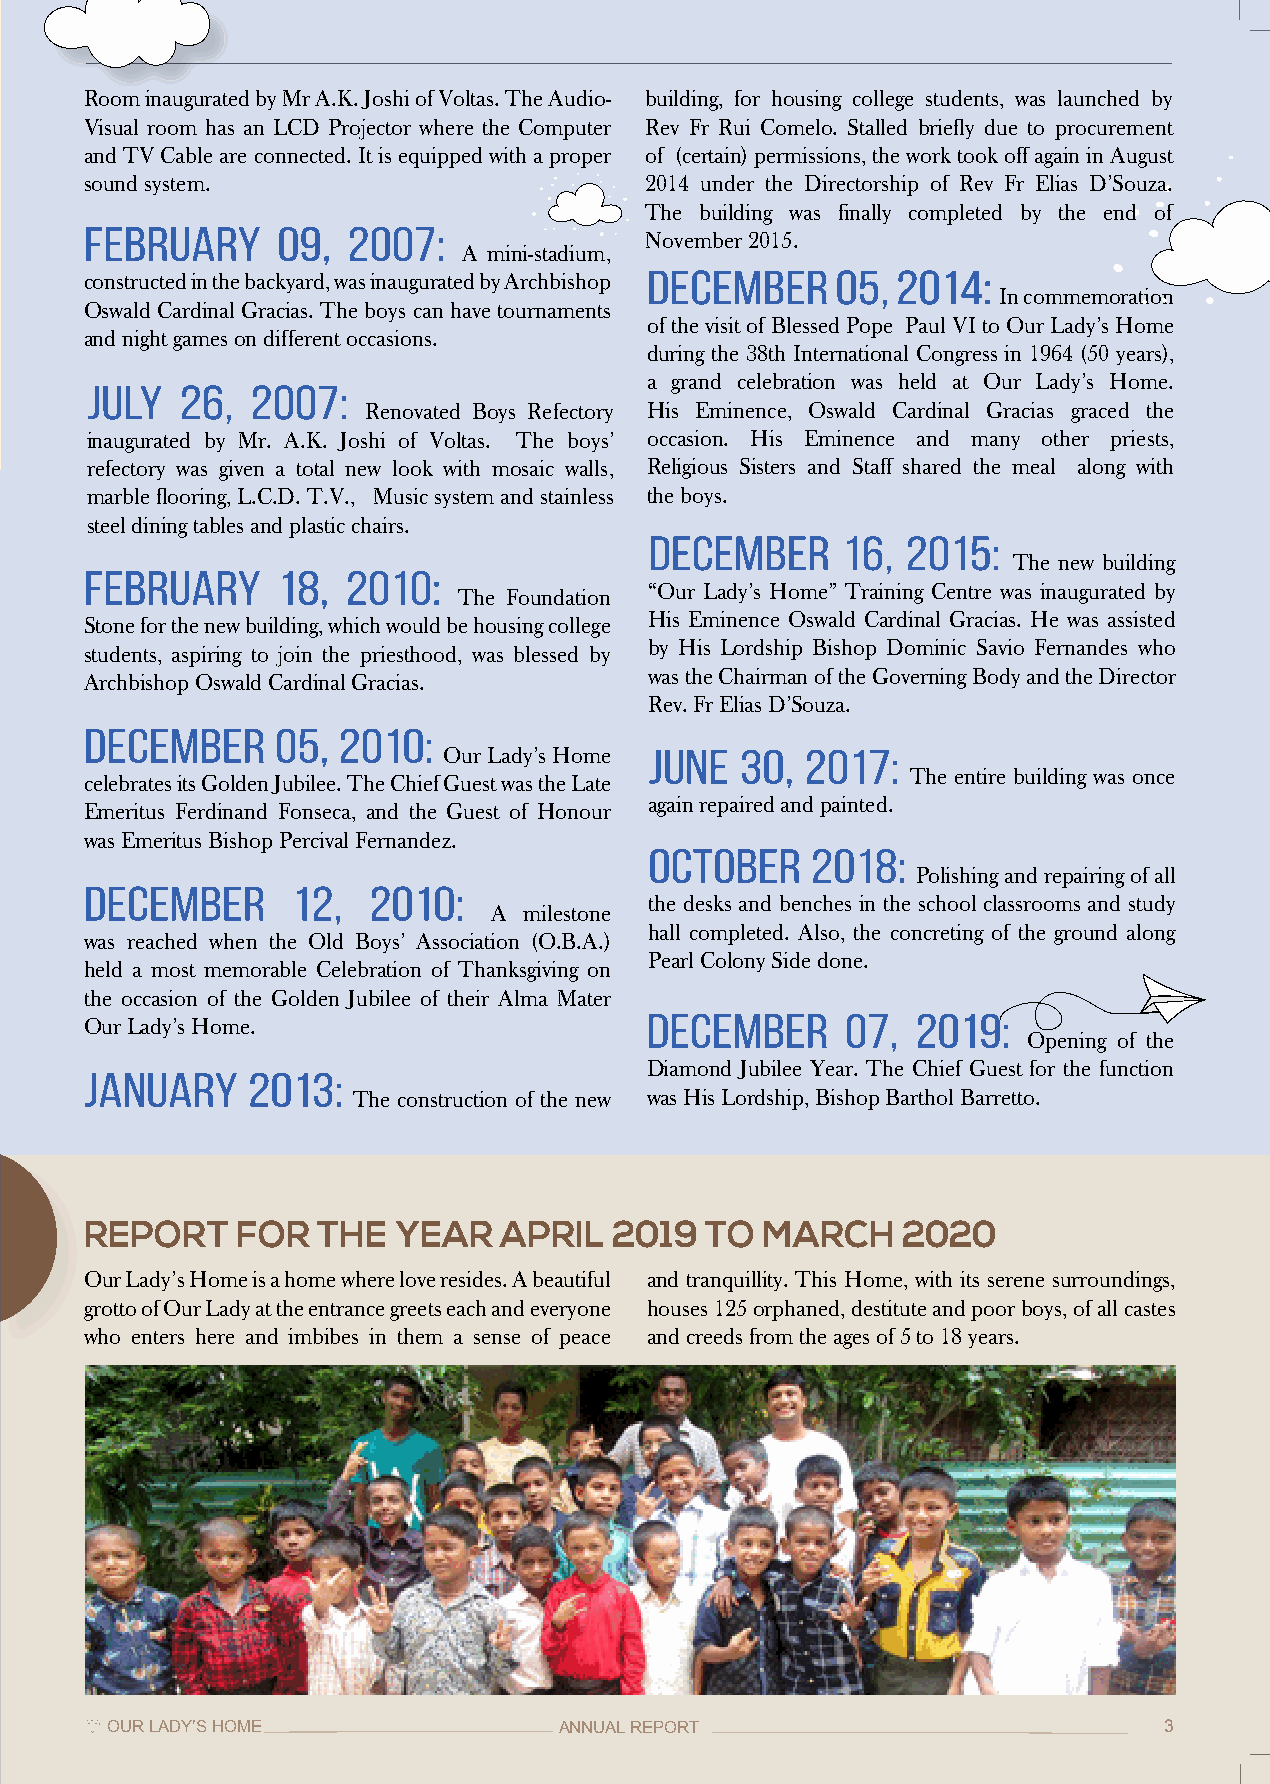
Room inaugurated by Mr A.K. Joshi of Voltas. The Audio- building, for housing college students, was launched by
 Visual room has an LCD Projector where the Computer Rev Fr Rui Comelo. Stalled briefly due to procurement
 and TV Cable are connected. It is equipped with a proper of (certain) permissions, the work took off again in August
 sound system.                        2014 under the Directorship of Rev Fr Elias D’Souza.
 The building was finally completed by the end of
 February    09,  2007:
 November 2015.
 A mini-stadium,
 December    05, 2014:
 constructed in the backyard, was inaugurated by Archbishop
 In commemoration
 Oswald Cardinal Gracias. The boys can have tournaments
 of the visit of Blessed Pope Paul VI to Our Lady’s Home
 and night games on different occasions.
 during the 38th International Congress in 1964 (50 years),
 a grand celebration was held at Our Lady’s Home.
 July  26,  2007:
 Renovated Boys Refectory His Eminence, Oswald Cardinal Gracias graced the
 inaugurated by Mr. A.K. Joshi of Voltas. The boys’ occasion. His Eminence and many other priests,
 refectory was given a total new look with mosaic walls, Religious Sisters and Staff shared the meal along with
 marble flooring, L.C.D. T.V., Music system and stainless the boys.
 steel dining tables and plastic chairs.
 December     16, 2015:
 The new building
 February    18,  2010:
 “Our Lady’s Home” Training Centre was inaugurated by
 The Foundation
 His Eminence Oswald Cardinal Gracias. He was assisted
 Stone for the new building, which would be housing college
 by His Lordship Bishop Dominic Savio Fernandes who
 students, aspiring to join the priesthood, was blessed by
 was the Chairman of the Governing Body and the Director
 Archbishop Oswald Cardinal Gracias.
 Rev. Fr Elias D’Souza.
 December    05, 2010:
 Our Lady’s Home June 30, 2017:
 The entire building was once
 celebrates its Golden Jubilee. The Chief Guest was the Late
 again repaired and painted.
 Emeritus Ferdinand Fonseca, and the Guest of Honour
 was Emeritus Bishop Percival Fernandez.
 October    2018:
 Polishing and repairing of all
 December     12,  2010:
 the desks and benches in the school classrooms and study
 A  milestone
 hall completed. Also, the concreting of the ground along
 was reached when the Old Boys’ Association (O.B.A.)
 Pearl Colony Side done.
 held a most memorable Celebration of Thanksgiving on
 the occasion of the Golden Jubilee of their Alma Mater
 December     07,  2019:
 Our Lady’s Home.
 Opening of the
 Diamond Jubilee Year. The Chief Guest for the function
 January   2013:
 The construction of the new was His Lordship, Bishop Barthol Barretto.
 REPORT    FOR  THE  YEAR   APRIL   2019  TO MARCH     2020
 Our Lady’s Home is a home where love resides. A beautiful and tranquillity. This Home, with its serene surroundings,
 grotto of Our Lady at the entrance greets each and everyone houses 125 orphaned, destitute and poor boys, of all castes
 who enters here and imbibes in them a sense of peace and creeds from the ages of 5 to 18 years.
 OUR LADY’S HOME               ANNUAL REPORT                           3